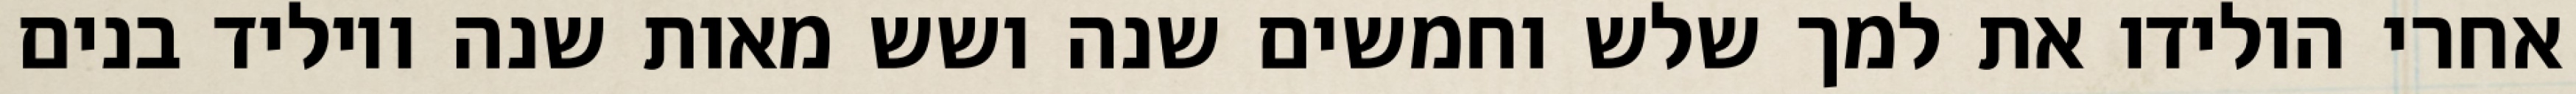
אחרי הולידו את למך שלש וחמשים שנה ושש מאות שנה ויוליד בנים